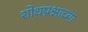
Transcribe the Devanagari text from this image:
शोधप्रश्नाच्या